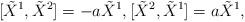
LaTeX: \begin{align*}[\tilde{X}^{1},\tilde{X}^{2}]=-a\tilde{X}^{1},[\tilde{X}^{2},\tilde{X}^{1}]=a\tilde{X}^{1},\end{align*}